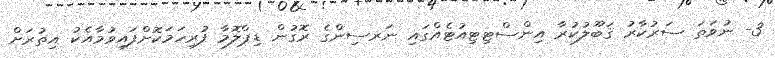
3- ނުވަތަ ސަރުކާރު ޤަބޫލުކުރާ އިންސްޓިޓިއުޓެއްގައި ނަރސިންގެ ރޮގުން ޑިޕްލޮމާ ފުރިހަމަކޮށްފައިވުމާއެކު އިތުރަށް